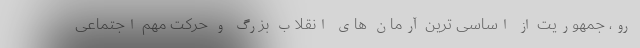
رو، جمهوریت از اساسی ترین آرمان های انقلاب بزرگ و حرکت مهم اجتماعی